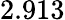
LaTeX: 2.913